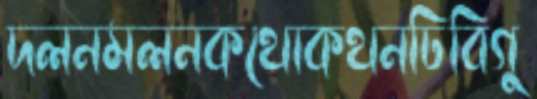
দলনমলনকথোকথনঢিবিগু